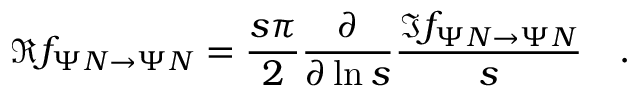
{ \Re f _ { \Psi N \to \Psi N } } = { \frac { s \pi } { 2 } } { { \frac { \partial } { \partial \ln { s } } } { \frac { \Im f _ { \Psi N \to \Psi N } } { s } } } \quad .